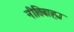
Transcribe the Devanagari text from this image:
नीतिबाह्य